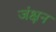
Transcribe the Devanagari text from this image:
जंक्षन